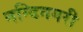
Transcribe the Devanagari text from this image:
नन्दिनगरी